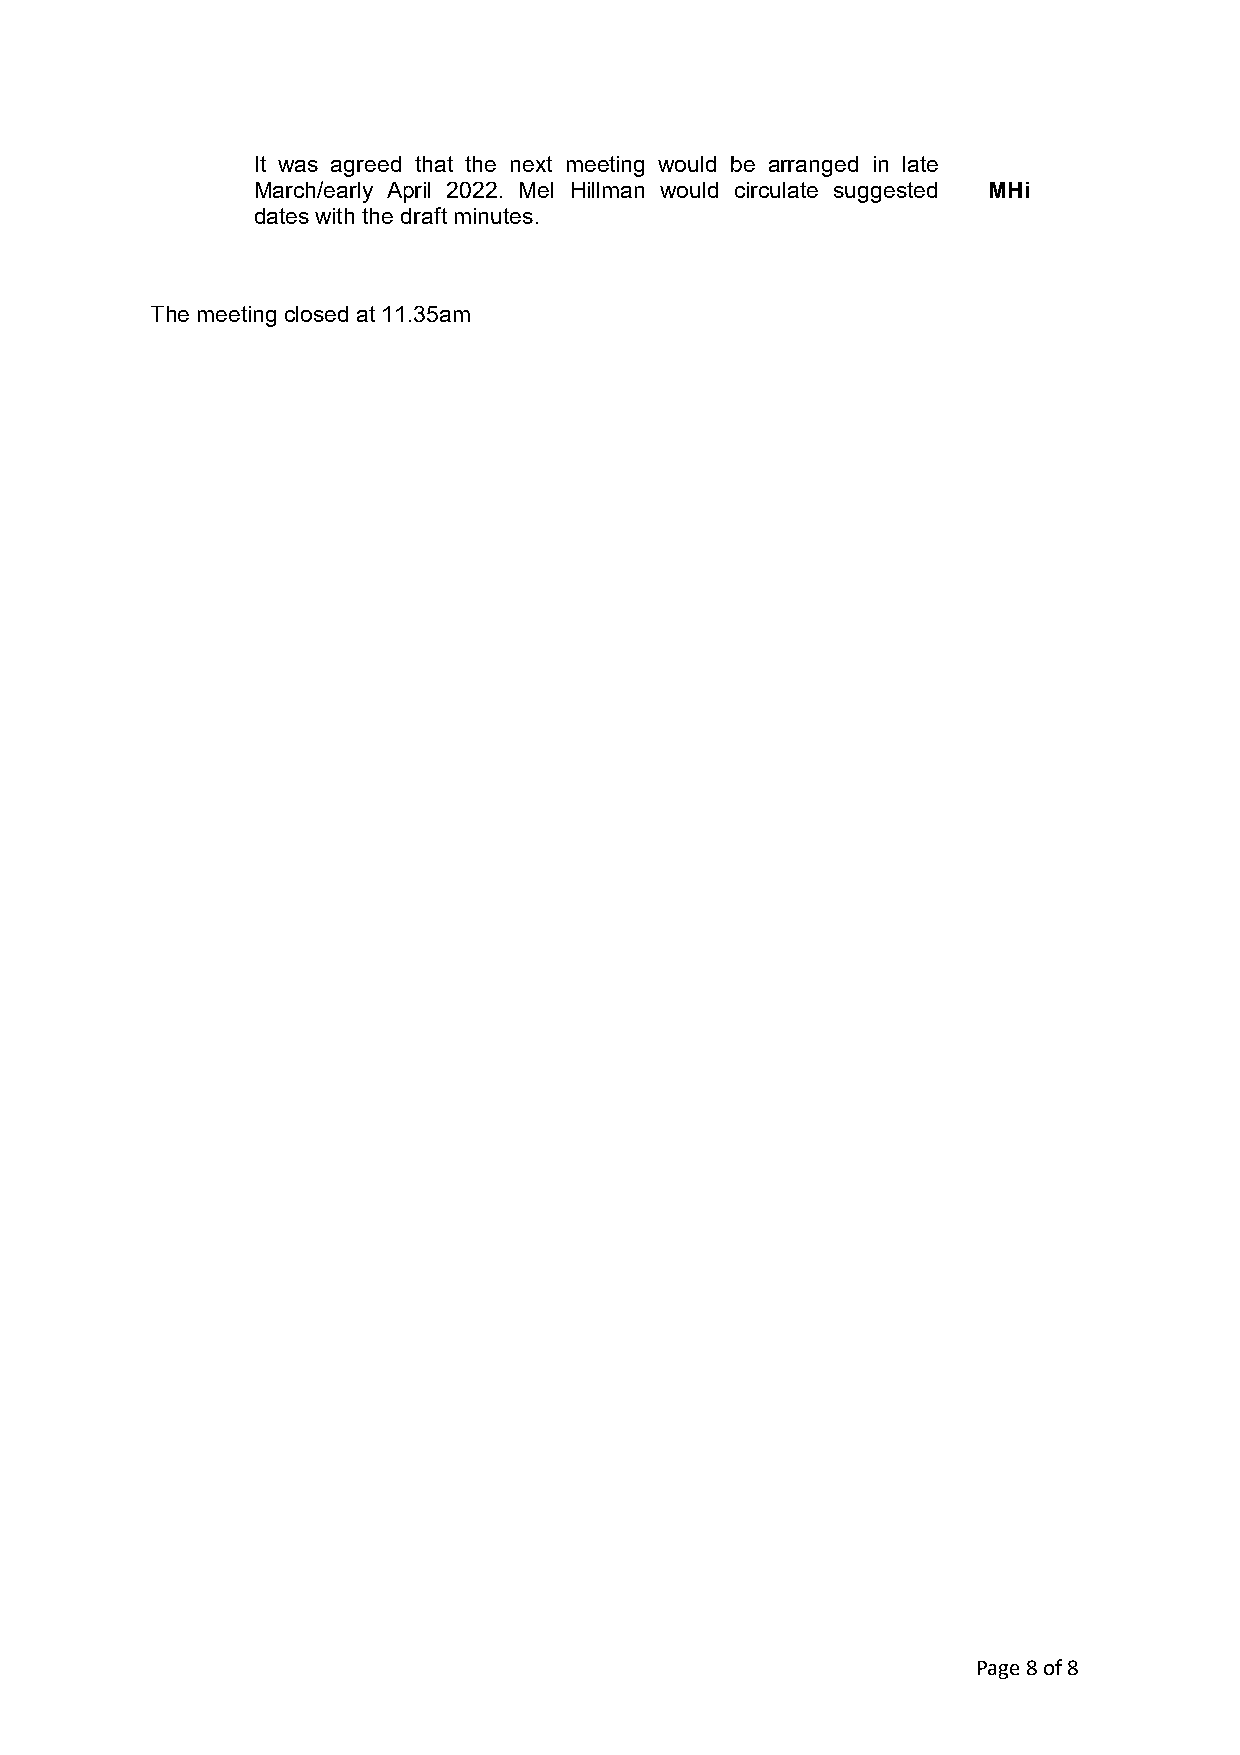
It was agreed that the next meeting would be arranged in late
 March/early April 2022. Mel Hillman would circulate suggested MHi
 dates with the draft minutes.
 The meeting closed at 11.35am
 Page 8 of 8